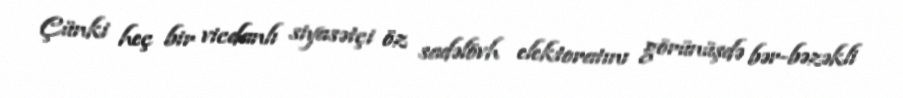
Çünki heç bir vicdanlı siyasətçi öz sadəlövh elektoratını görünüşdə bər-bəzəkli